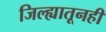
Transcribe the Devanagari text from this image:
जिल्ह्यातूनही